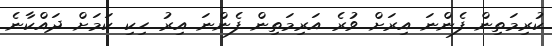
ކުރިމަތިން ފެންނަ އިރަށް ވުރެ އަރިމަތިން ފެންނަ އިރު ހިކި ކަމަށް ދައްކާނެ